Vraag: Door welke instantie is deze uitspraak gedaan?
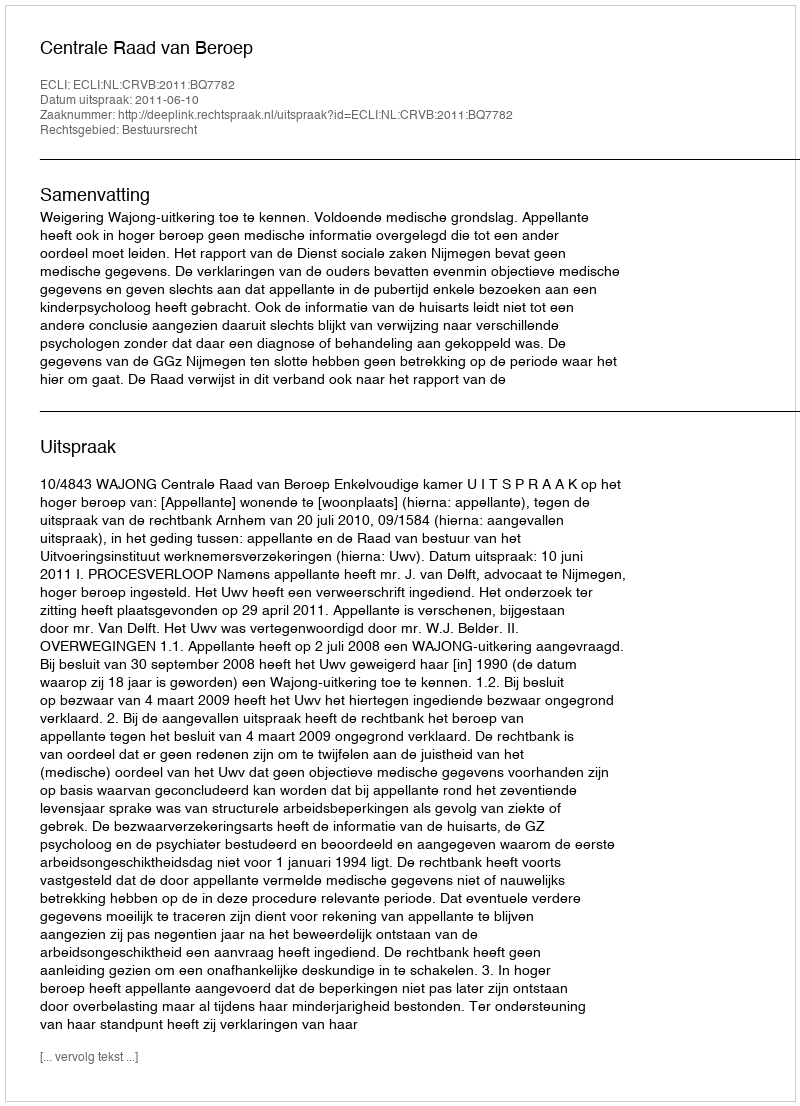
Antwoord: Centrale Raad van Beroep